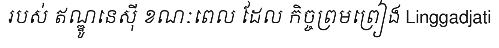
របស់ ឥណ្ឌូនេស៊ី ខណៈពេល ដែល កិច្ចព្រមព្រៀង Linggadjati